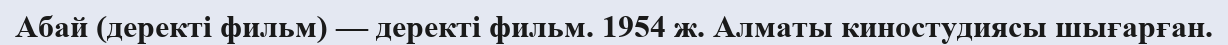
Абай (деректі фильм) — деректі фильм. 1954 ж. Алматы киностудиясы шығарған.